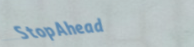
StopAhead